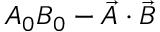
A _ { 0 } B _ { 0 } - { \vec { A } } \cdot { \vec { B } }